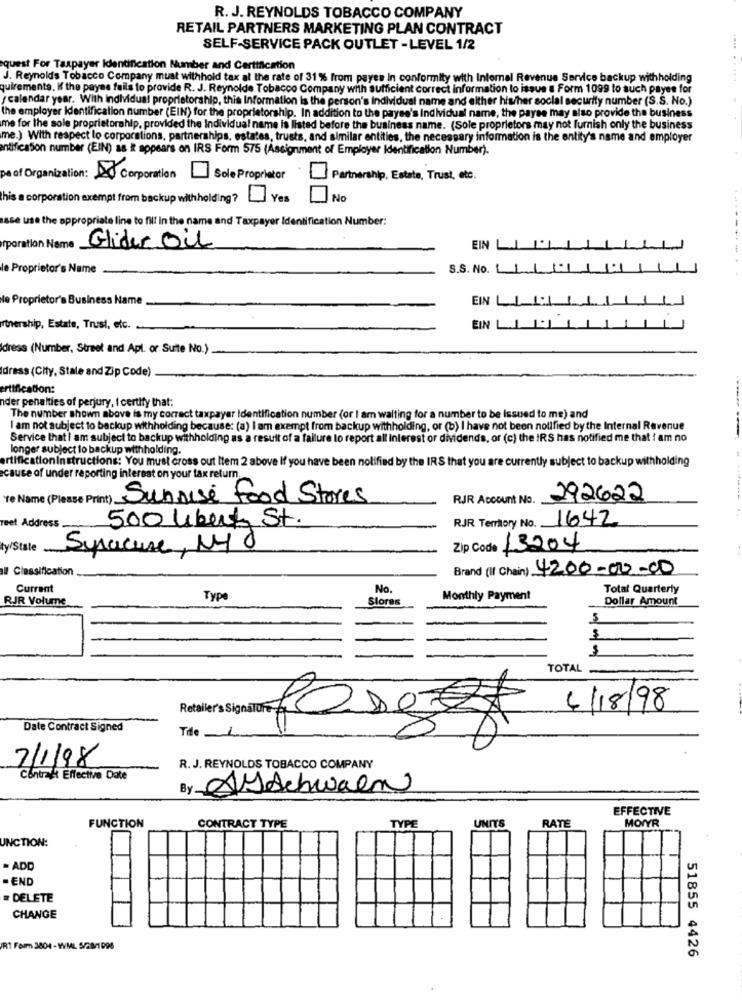
R. J. REYNOLDS TOBACCO COMPANY
RETAIL PARTNERS MARKETING PLAN CONTRACT
SELF-SERVICE PACK OUTLET -LEVEL 1/2
quest For Taxpayer Identification Number and Certification
J. Reynolds Tobacco Company must withhold tax at the rate of 31% from payee In conformity with Internal Revenue Service backup withholding
quirements, If the payse fails to provide R. J. Reynolds Tobacco Company with sufficient correct information to issue a Form 1099 to auch payee for
.... . ......
/ calendar year. With individual proprietorship, this Information is the person's individual name and elther his/her social security number (S.S. No.)
the employer Identification number (EIN) for the proprietorship. In addition to the payee's Individual name, the payee may also provide the business
me for the sole proprietorahlp, provided the Individual name is listed before the business name. (Sole proprietors may not furnish only the business
me.) With respect lo corporations, partnerships, estates, trusts, and similar entities, the necessary information is the entity's name and employer
entificaSon number (EIN) as it appears on IRS Form 575 (Assignment of Employer Identification Number).
pe of Organization:
Corporation Sole Proprietor
Partnership, Estate, Trust, etc.
his a corporation exempt from backup withholding?
Yes
No
asse use the appropriate line to fill In the name and Taxpayer Identification Number:
poration Name
Glider Oil
EIN
le Proprietor's Name
S.S. No.
Ne Proprietor's Business Name
EIN L
rtnership, Estate, Trust, etc.
EIN
dress (Number, Street and Apl. or Suite No.)
Idress (City, State and Zip Code)
ertification:
nder penalties of perjury, I certify that:
The number shown above is my correct taxpayer Identification number (or I am waiting for a number to be Issued to me) and
I am not subject to backup withholding because: (a) I am exempt from backup withholding, or (b) I have not been notified by the Internal Revenue
Service that i am subject to backup withholding as a result of a failure to report all Interest or dividends, or (c) the IRS has notified me that ! am no
longer subject to backup withholding.
ertificationinstructions: You must cross out Item 2 above If you have been notified by the IRS that you are currently subject to backup withholding
cause of under reporting interest on your tax return.
Sunrise Food Stores
RJR Account No.
292622
500 Libert St.
RJR Territory No. 1642
meet Address
ty/State
Syracuse, 140
Zip Code -3204
ll Classification
Brand (II Chain) 4200-02-00
Current
No.
Total Quarterly
RJR Volume
Type
Stores
Monthly Payment
Dollar Amount
TOTAL
4/18/98
Date Contract Signed
Peter SigaTRODDE
Tile
7/1/98
R. J. REYNOLDS TOBACCO COMPANY
Contract Effective Date
By ySchwaen
EFFECTIVE
UNITS
MOIYR
FUNCTION
CONTRACT TYPE
TYPE
RATE
UNCTION:
- ADD
-END
DELETE
CHANGE
RT Form 3804 - WML 5/28/1 096
51855 4426